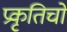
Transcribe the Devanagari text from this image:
प्रकृतिचो